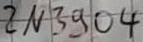
Text: 2N3904